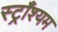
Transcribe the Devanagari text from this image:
स्ट्राँश्यम